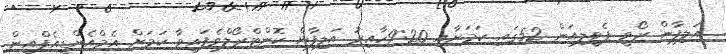
އަލިފާން ރޯވީ ޕެވީލިއަން 52ގައި ކަމަށާއި 9:20ހާއިރު އަލިފާން ކޮންޓްރޯލްވެފައިވާ ކަމަށް އެމްއެންޑީއެފްއިން